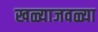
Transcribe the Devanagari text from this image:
खळ्याजवळ्या